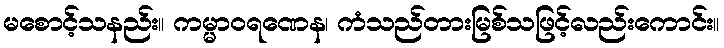
မစောင့်သနည်း။ ကမ္မာဝရဏေန၊ ကံသည်တားမြစ်သဖြင့်လည်းကောင်း။